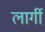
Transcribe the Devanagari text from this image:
लार्गी